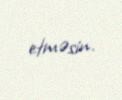
etməsin.